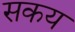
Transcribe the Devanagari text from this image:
सकय